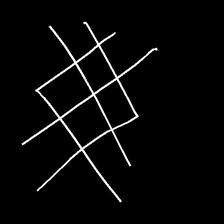
Glyph: crystal